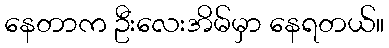
နေတာက ဦးလေးအိမ်မှာ နေရတယ်။